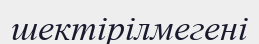
шектірілмегені